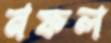
নফল